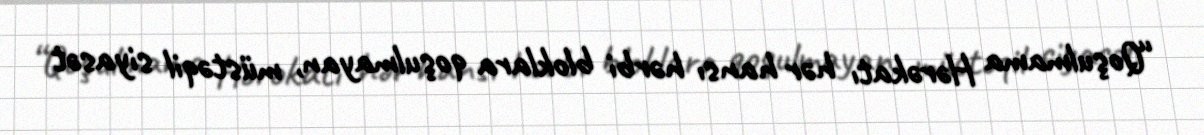
“Qoşulmama Hərəkatı hər hansı hərbi bloklara qoşulmayan, müstəqil siyasət